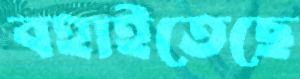
বহাইতেছে